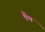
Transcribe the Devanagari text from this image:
पैथ